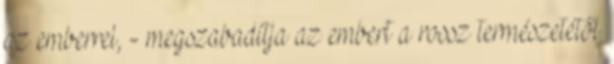
az emberrel, - megszabadítja az embert a rossz természetétől.